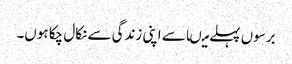
برسوں پہلے میںاسے اپنی زندگی سے نکال چکا ہوں۔